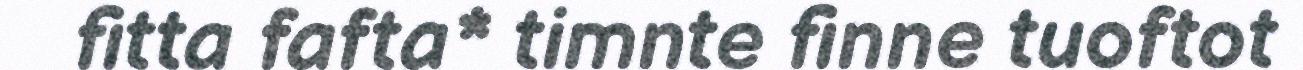
fitta fafta* timnte finne tuoftot